Insane asylums in Bengal annual reports 1867-1875 - 1867-1875
Year: 1867
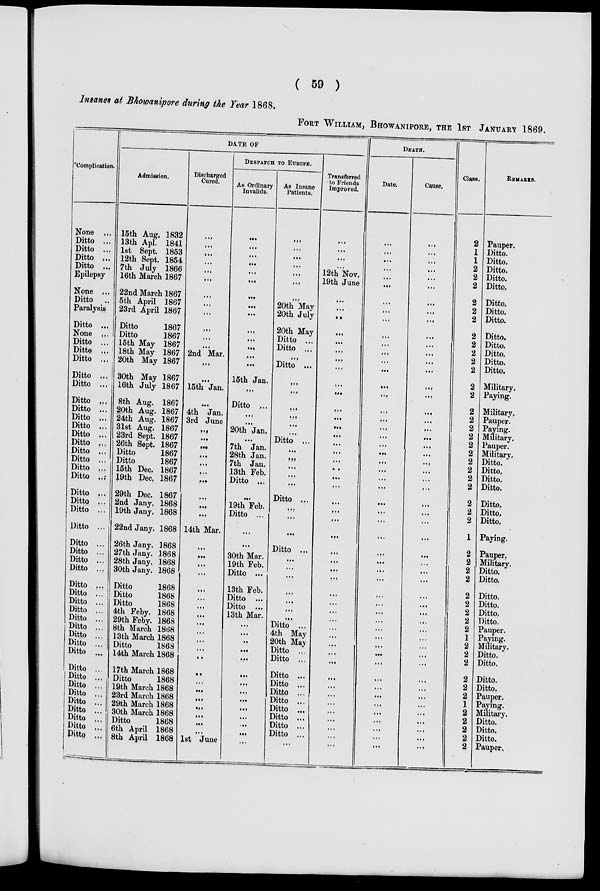
( 59 )
Insanes at Bhowanipore during the Year 1868.
FORT WILLIAM, BHOWANIPORE, THE 1ST JANUARY 1869.
Complication.
None
...
Ditto ...
Ditto ...
Ditto ...
Ditto ...
Epilepsy
None ...
Ditto ...
Paralysis ...
Ditto ...
None ...
Ditto ...
Ditto ...
Ditto ...
Ditto ...
Ditto ...
Ditto ...
Ditto ...
Ditto ...
Ditto ...
Ditto ...
Ditto ...
Ditto ...
Ditto ...
Ditto ...
Ditto ...
Ditto ...
Ditto ...
Ditto ...
Ditto ...
Ditto ...
Ditto ...
Ditto ...
Ditto ...
Ditto ...
Ditto ...
Ditto ...
Ditto ...
Ditto ...
Ditto ...
Ditto ...
Ditto ...
Ditto ...
Ditto ...
Ditto ...
Ditto ...
Ditto ...
Ditto ...
Ditto ...
Ditto ...
Ditto ...
Ditto ...
DATE OF
Admission.
15th Aug. 1832
13th Apl. 1841
1st Sept. 1853
12th Sept. 1854
7th July 1866
16th March 1867
22nd March 1867
5th April 1867
23rd April 1867
Ditto
1867
Ditto
1867
15th May 1867
18th May 1867
20th May 1867
30th May 1867
16th July 1867
8th Aug. 1867
20th Aug. 1867
24th Aug. 1867
31st Aug. 1867
23rd Sept. 1867
26th Sept. 1867
Ditto
1867
Ditto
1867
15th Dec. 1867
19th Dec. 1867
29th Dec. 1867
2nd Jany. 1868
19th Jany. 1868
22nd Jany. 1868
26th Jany. 1868
27th Jany. 1868
28th Jany. 1868
30th Jany. 1868
Ditto
1868
Ditto
1868
Ditto
1868
4th Feby. 1868
29th Feby. 1868
8th March 1868
13th March 1868
Ditto
1868
14th March 1868
17th March 1868
Ditto
1868
19th March 1868
23rd March 1868
29th March 1868
30th March 1868
Ditto
1868
6th April 1868
8th April 1868
Discharged
Cured.
...
...
...
...
...
...
...
...
...
...
...
...
2nd Mar.
...
...
15th Jan.
...
4th Jan.
3rd June
...
...
...
...
...
...
...
...
...
...
14th Mar.
...
...
...
...
...
...
...
...
...
...
...
...
...
..
...
...
...
...
...
...
...
1st June
DESPATCH TO EUROPE.
As Ordinary
Invalids.
...
...
...
...
...
...
...
...
...
...
...
...
...
...
15th Jan.
...
Ditto ...
...
...
20th Jan.
...
7th Jan.
28th Jan.
7th Jan.
13th Feb.
Ditto ...
...
19th Feb.
Ditto ...
...
...
30th Mar.
19th Feb.
Ditto ...
13th Feb.
Ditto ...
Ditto ...
13th Mar.
...
...
..
...
...
...
...
...
...
...
...
...
...
...
As Insane
Patients.
...
...
...
...
...
...
...
20th May
20th July
20th May
Ditto ...
Ditto ...
...
Ditto ...
...
...
...
...
...
...
Ditto ...
...
...
...
...
...
Ditto ...
...
...
...
Ditto ...
...
...
...
...
...
...
...
Ditto ...
4th May
20th May
Ditto ...
Ditto ...
Ditto ...
Ditto ...
Ditto ...
Ditto ...
Ditto ...
Ditto ...
Ditto ...
Ditto ...
...
Transferred
to Friends
Improved.
...
...
...
...
12th Nov.
19th June
...
...
..
...
...
...
...
...
...
...
...
...
...
...
...
...
...
..
...
...
...
...
...
...
...
...
...
...
...
...
...
...
...
...
...
...
...
...
...
...
...
...
...
...
...
...
DEATH.
Date.
...
...
...
...
...
...
...
...
...
...
...
...
...
...
...
...
...
...
...
...
...
...
...
...
...
...
...
...
...
...
...
...
...
...
...
...
...
...
...
...
...
...
...
...
...
...
...
...
...
...
...
...
Cause.
...
...
...
...
...
...
...
...
...
...
...
...
...
...
...
...
...
...
...
...
...
...
...
...
...
...
...
...
...
...
...
...
...
...
...
...
...
...
...
...
...
...
...
...
...
...
...
...
...
...
...
...
Class.
2
1
1
2
2
2
2
2
2
2
2
2
2
2
2
2
2
2
2
2
2
2
2
2
2
2
2
2
2
1
2
2
2
2
2
2
2
2
2
1
2
2
2
2
2
2
1
2
2
2
2
2
REMARKS.
Pauper.
Ditto.
Ditto.
Ditto.
Ditto.
Ditto.
Ditto.
Ditto.
Ditto.
Ditto.
Ditto.
Ditto.
Ditto.
Ditto.
Military.
Paying.
Military.
Pauper.
Paying.
Military.
Pauper.
Military.
Ditto.
Ditto.
Ditto.
Ditto.
Ditto.
Ditto.
Ditto.
Paying.
Pauper.
Military.
Ditto.
Ditto.
Ditto.
Ditto.
Ditto.
Ditto.
Pauper.
Paying.
Military.
Ditto.
Ditto.
Ditto.
Ditto.
Pauper.
Paying.
Military.
Ditto.
Ditto.
Ditto.
Pauper.